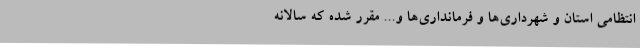
انتظامی استان و شهرداری‌ها و فرمانداری‌ها و... مقرر شده که سالانه